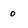
Character: 0